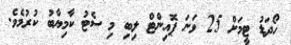
ހޯދަޑު ޓީމަށް 25 ވަނަ ޕޮއިންޓް ލިބި މި ސެޓު ކާމިޔާބު ކުރުމެވެ.